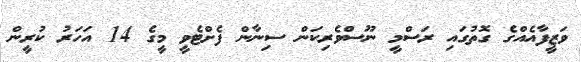
ވަޒީފާއެއްގެ ގޮތުގައި ރަސްމީ ނޫސްވެރިކަން ސިނާން ފެށްޓެވީ މީގެ 14 އަހަރު ކުރީން